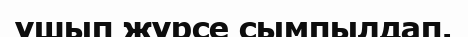
ұшып жүрсе сымпылдап.